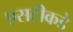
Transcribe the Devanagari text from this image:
एसटीकडे